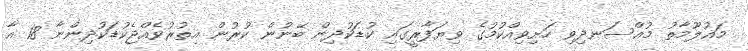
މައުލޫމާތު މުއްސަނދިވި ހަށިވިއްކުމުގެ ވިޔަފާރީގައި ކުޑަކުދިން ބޭނުން ކުރުން އިތުރުވެއްޖެކުޑަކުދިންނާ 18 އާ